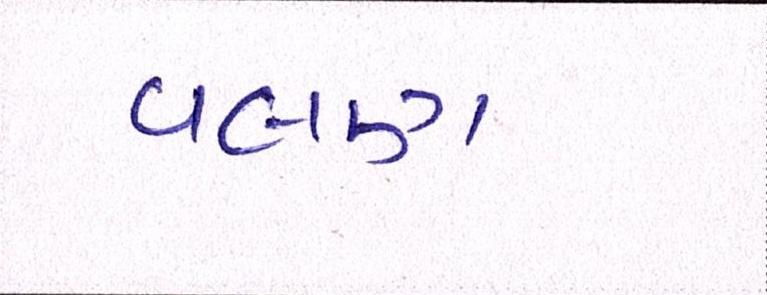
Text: વલણ